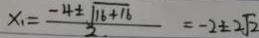
x _ { 1 } = \frac { - 4 \pm \sqrt { 1 6 + 1 6 } } { 2 . } = - 2 \pm 2 \sqrt { 2 }